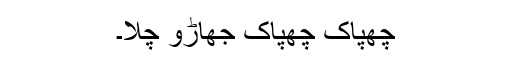
چھپاک چھپاک جھاڑو چلا۔